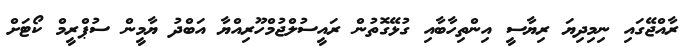
ރާއްޖޭގައި ނިމިދިޔަ ރިޔާސީ އިންތިހާބާއި ގުޅޭގޮތުން ރައީސުލްޖުމްހޫރިއްޔާ އަބްދު ޔާމީން ސުޕްރީމް ކޯޓަށް